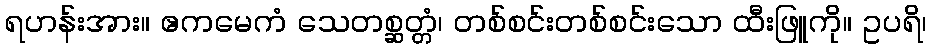
ရဟန်းအား။ ဧကမေကံ သေတစ္ဆတ္တံ၊ တစ်စင်းတစ်စင်းသော ထီးဖြူကို။ ဥပရိ၊